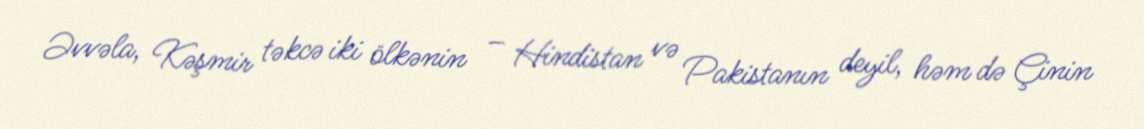
Əvvəla, Kəşmir təkcə iki ölkənin – Hindistan və Pakistanın deyil, həm də Çinin